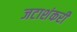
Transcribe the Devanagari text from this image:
जटाशंकरी